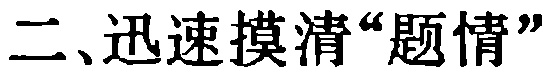
二、迅速摸清“题情”